Report on vaccination North-West Frontier Province 1904-1922 - 1904-1922
Year: 1904
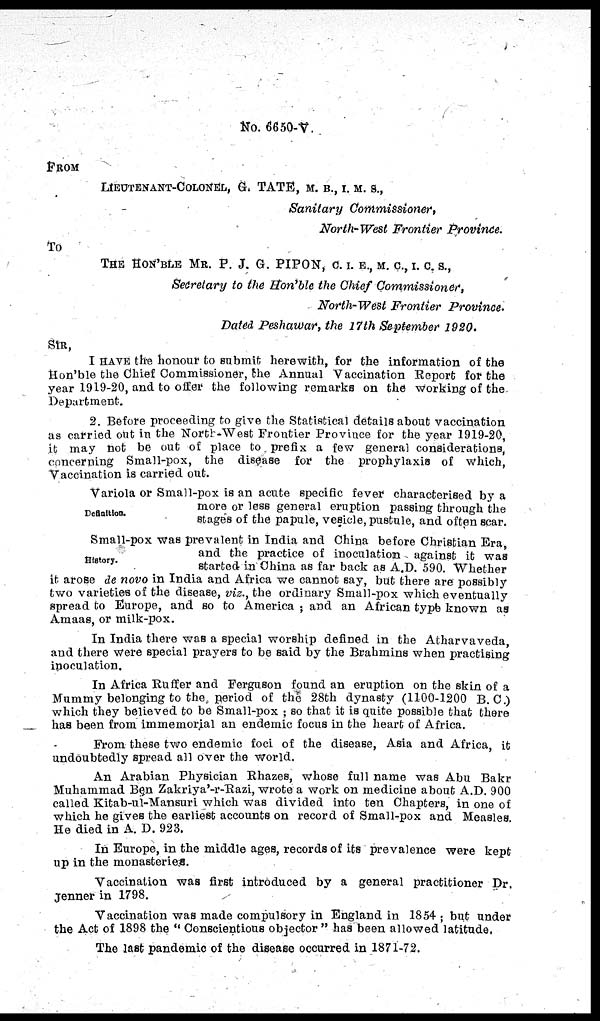
No. 6650-V.
FROM
LIEUTENANT-COLONEL, G. TATE, M. B., I. M. S.,
Sanitary
Commissioner,
North-West Frontier Province.
To
THE HON'BLE MR. P. J. G. PIPON, C. I. E., M. C., I. C. S.,
Secretary to the Hon'ble the Chief Commissioner,
North-West Frontier
Province.
Dated Peshawar, the 17th September 1920.
SIR,
I HAVE the honour to submit herewith, for the information of the
Hon'ble the Chief Commissioner, the Annual Vaccination Report for the
year 1919-20, and to offer the following remarks on the working of the
Department.
2. Before proceeding to give the Statistical details about vaccination
as carried out in the North-West Frontier Province for the year 1919-20,
it may not be out of place to prefix a few general considerations,
concerning Small-pox, the disease for the prophylaxis of which,
Vaccination is carried out.
Definition.
Variola or Small-pox is an acute specific fever characterised by a
more or less general eruption passing through the
stages of the papule, vesicle, pustule, and often scar.
History.
Small-pox was prevalent in India and China before Christian Era
and the practice of inoculation against it was
started in China as far back as A.D. 590. Whether
it arose de novo in India and Africa we cannot say, but there are possibly
two varieties of the disease, viz., the ordinary Small-pox which eventually
spread to Europe, and so to America; and an African type known as
Amaas, or milk-pox.
In India there was a special worship defined in the Atharvaveda,
and there were special prayers to be said by the Brahmins when practising
inoculation.
In Africa Ruffer and Ferguson found an eruption on the skin of a
Mummy belonging to the period of the 28th dynasty (1100-1200 B.C.)
which they believed to be Small-pox; so that it is quite possible that there
has been from immemorial an endemic focus in the heart of Africa.
From these two endemic foci of the disease, Asia and Africa, it
undoubtedly spread all over the world.
An Arabian Physician Rhazes, whose full name was Abu Bakr
Muhammad Ben Zakriya'-r-Razi, wrote a work on medicine about A.D. 900
called Kitab-ul-Mansuri which was divided into ten Chapters, in one of
which he gives the earliest accounts on record of Small-pox and Measles.
He died in A. D. 923.
In Europe, in the middle ages, records of its prevalence were kept
up in the monasteries.
Vaccination was first introduced by a general practitioner Dr.
Jenner in 1798.
Vaccination was made compulsory in England in 1854; but under
the Act of 1898 the "Conscientious objector" has been allowed latitude.
The last pandemic of the disease occurred in 1871-72.